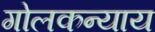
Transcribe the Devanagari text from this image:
गोलकन्याय